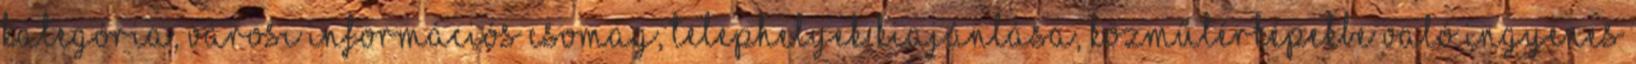
kategória, városi információs csomag, telephelyek kiajánlása, közműtérképekbe való ingyenes